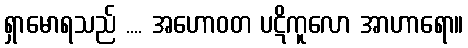
ရှာမောရသည် .... အဟောဝတ ပဋိကူလော အာဟာရော။